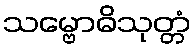
သမ္ဗောဓိသုတ္တံ